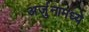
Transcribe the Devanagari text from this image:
अर्जुनामध्ये